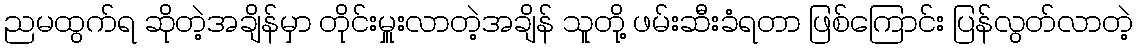
ညမထွက်ရ ဆိုတဲ့အချိန်မှာ တိုင်းမှူးလာတဲ့အချိန် သူတို့ ဖမ်းဆီးခံရတာ ဖြစ်ကြောင်း ပြန်လွတ်လာတဲ့